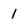
Character: 1